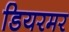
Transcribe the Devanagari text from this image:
डियरमर